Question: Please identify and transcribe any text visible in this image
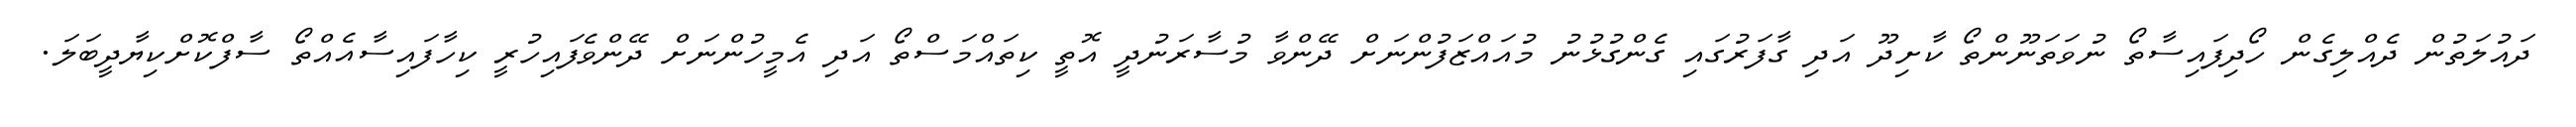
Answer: ދައުލަތުން ދެއްލިގެން ހޯދިފައިސާތޯ ނުވަތަނޫންތޯ ކާށިދޫ އަދި ގާފަރުގައި ގެންގުޅުނު މުއައްޒަފުންނަށް ދޭންވާ މުސާރަނުދީ އޮތީ ކިތައްމަސްތޯ އަދި އެމީހުންނަށް ދޭންވެފައިހުރީ ކިހާފައިސާއެއްތޯ ސާފްކޮށްކިޔާދީބަލަ.